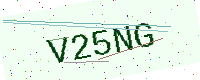
Text: V25NG